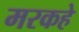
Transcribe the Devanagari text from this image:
मरकहे